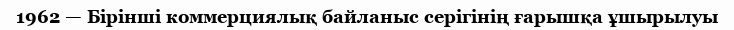
1962 — Бiрiншi коммерциялық байланыс серiгiнің ғарышқа ұшырылуы